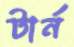
টার্ন